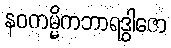
နဝကမ္မိကဘာရဒွါဇော